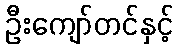
ဦးကျော်တင်နှင့်